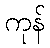
ကုန်